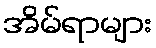
အိမ်ရာများ